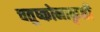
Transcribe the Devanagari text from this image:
चतुष्कोनाकृती